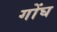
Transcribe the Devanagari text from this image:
गोंघ